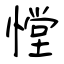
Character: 憆